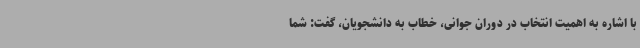
با اشاره به اهمیت انتخاب در دوران جوانی، خطاب به دانشجویان، گفت: شما